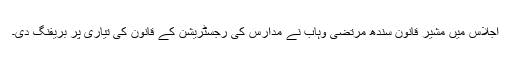
اجلاس میں مشیر قانون سندھ مرتضیٰ وہاب نے مدارس کی رجسٹریشن کے قانون کی تیاری پر بریفنگ دی۔